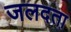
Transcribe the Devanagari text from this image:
जलदता